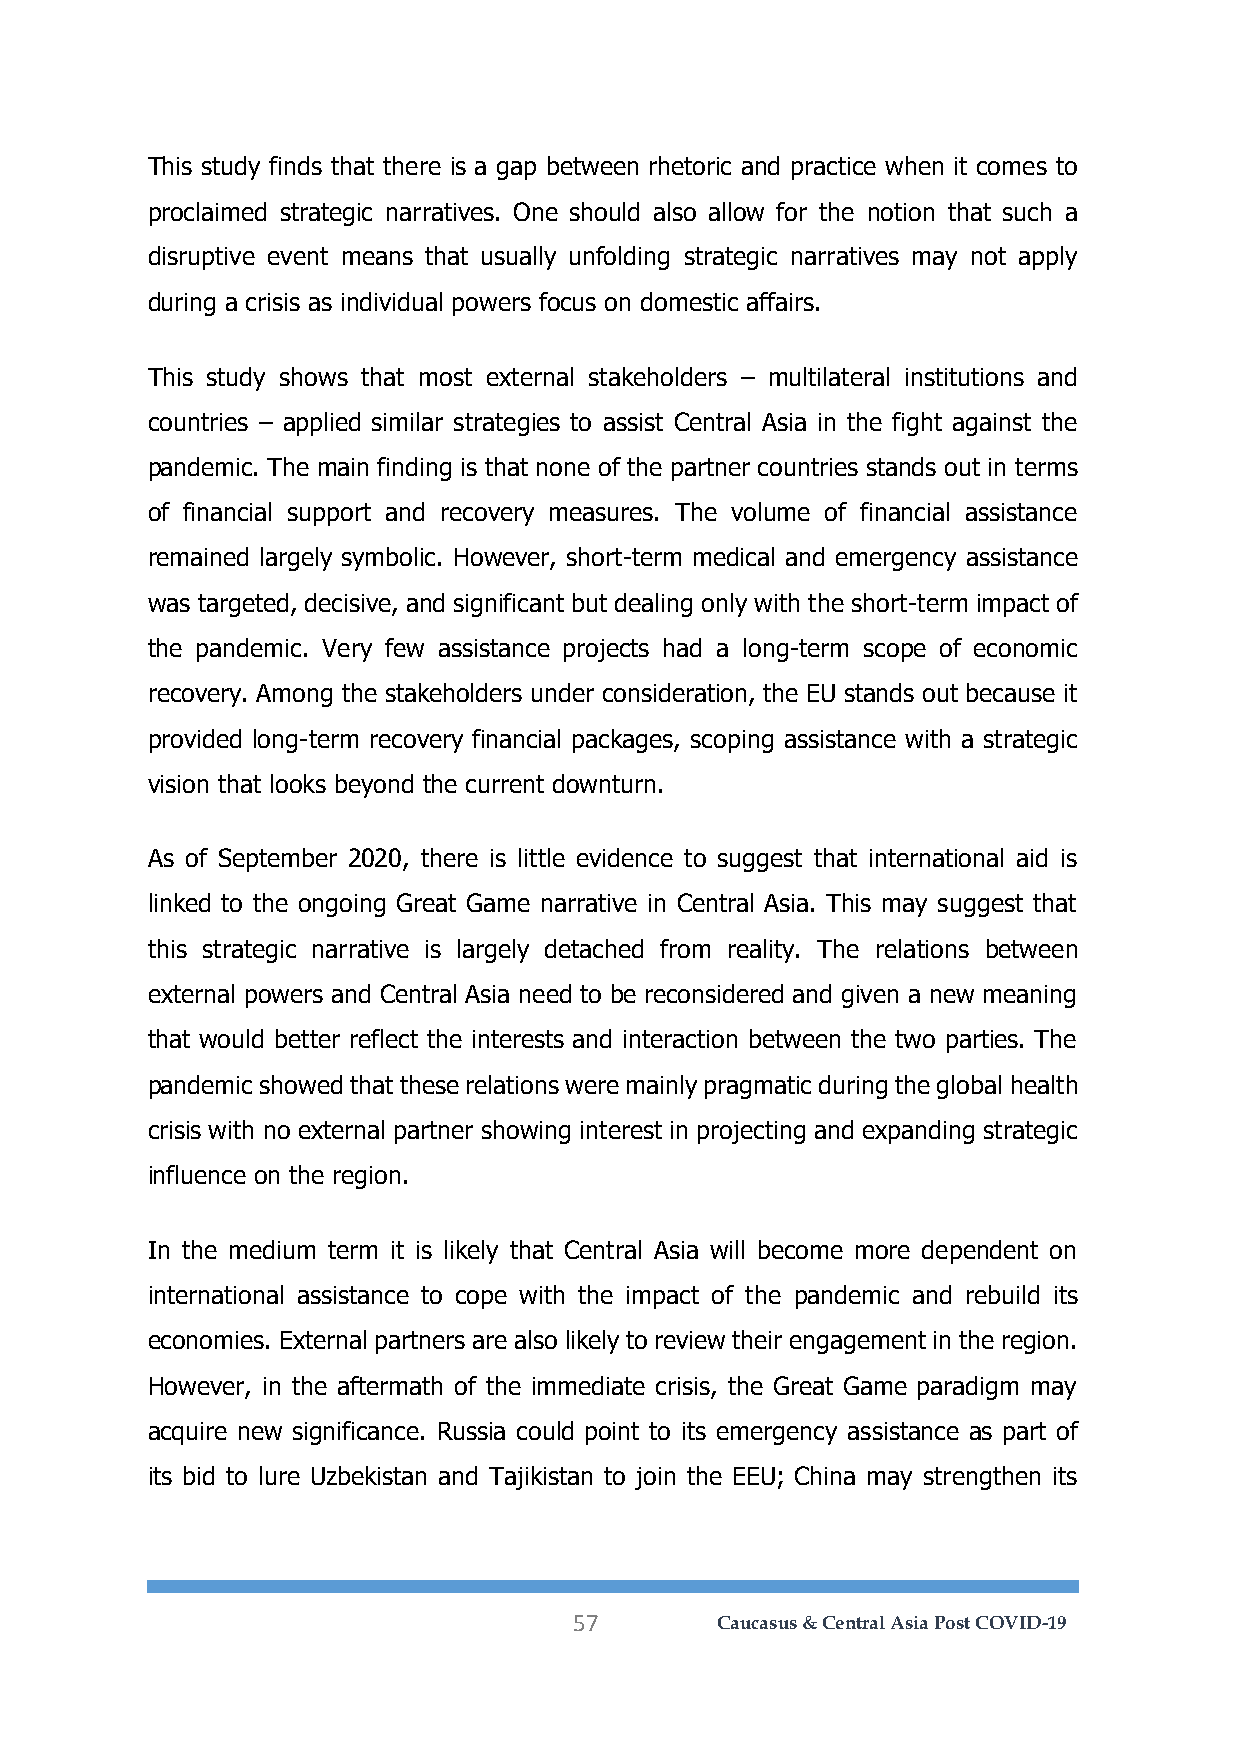
This study finds that there is a gap between rhetoric and practice when it comes to
 proclaimed strategic narratives. One should also allow for the notion that such a
 disruptive event means that usually unfolding strategic narratives may not apply
 during a crisis as individual powers focus on domestic affairs.
 This study shows that most external stakeholders – multilateral institutions and
 countries – applied similar strategies to assist Central Asia in the fight against the
 pandemic. The main finding is that none of the partner countries stands out in terms
 of financial support and recovery measures. The volume of financial assistance
 remained largely symbolic. However, short-term medical and emergency assistance
 was targeted, decisive, and significant but dealing only with the short-term impact of
 the pandemic. Very few assistance projects had a long-term scope of economic
 recovery. Among the stakeholders under consideration, the EU stands out because it
 provided long-term recovery financial packages, scoping assistance with a strategic
 vision that looks beyond the current downturn.
 As of September 2020, there is little evidence to suggest that international aid is
 linked to the ongoing Great Game narrative in Central Asia. This may suggest that
 this strategic narrative is largely detached from reality. The relations between
 external powers and Central Asia need to be reconsidered and given a new meaning
 that would better reflect the interests and interaction between the two parties. The
 pandemic showed that these relations were mainly pragmatic during the global health
 crisis with no external partner showing interest in projecting and expanding strategic
 influence on the region.
 In the medium term it is likely that Central Asia will become more dependent on
 international assistance to cope with the impact of the pandemic and rebuild its
 economies. External partners are also likely to review their engagement in the region.
 However, in the aftermath of the immediate crisis, the Great Game paradigm may
 acquire new significance. Russia could point to its emergency assistance as part of
 its bid to lure Uzbekistan and Tajikistan to join the EEU; China may strengthen its
 57       Caucasus & Central Asia Post COVID-19